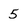
Character: 5